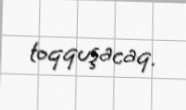
toqquşacaq.